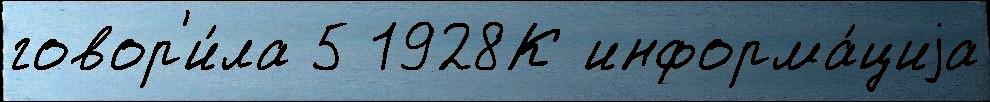
говор'и́ла 5 1928К информа́циjа